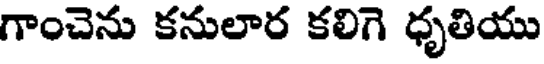
గాంచెను కనులార కలిగె ధృతియు